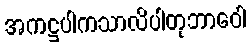
အကဋ္ဌပါကသာလိပါတုဘာဝေါ